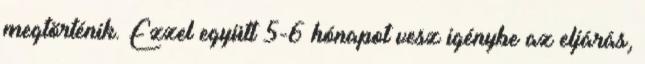
megtörténik. Ezzel együtt 5-6 hónapot vesz igénybe az eljárás,